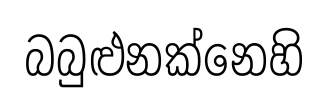
බබුළුනක්නෙහි